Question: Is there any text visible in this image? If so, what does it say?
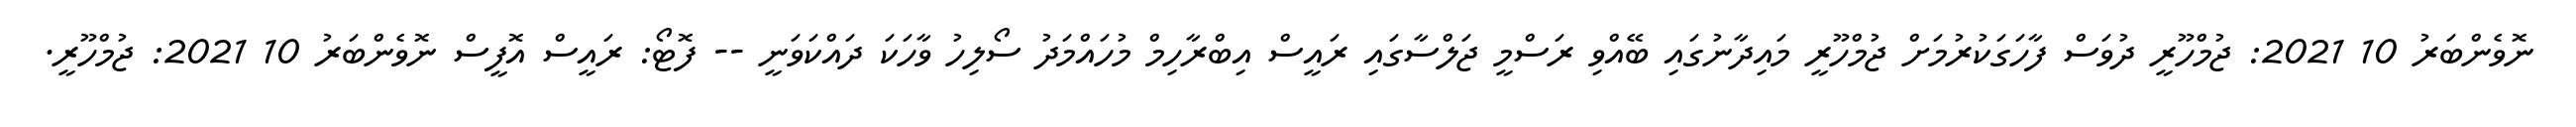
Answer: ނޮވެންބަރު 10 2021: ޖުމްހޫރީ ދުވަސް ފާހަގަކުރުމަށް ޖުމްހޫރީ މައިދާނުގައި ބޭއްވި ރަސްމީ ޖަލްސާގައި ރައީސް އިބްރާހިމް މުހައްމަދު ސޯލިހު ވާހަކަ ދައްކަވަނީ -- ފޮޓޯ: ރައީސް އޮފީސް ނޮވެންބަރު 10 2021: ޖުމްހޫރީ.